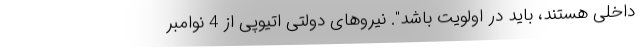
داخلی هستند، باید در اولویت باشد". نیروهای دولتی اتیوپی از 4 نوامبر